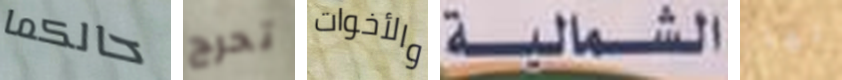
حالكما تحرج والأخوات الشمالية لها